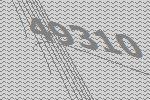
49310